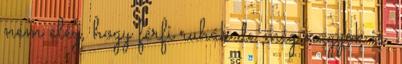
nem elég, hogy férfi ruhák de még nagyok is.